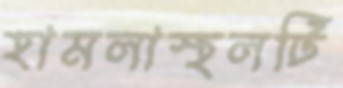
হামলাস্থলটি